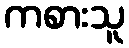
ကစားသူ